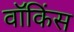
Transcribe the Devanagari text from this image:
वॉकिंस